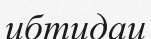
ибтидаи